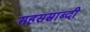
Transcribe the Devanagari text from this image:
सहसस्राब्दी